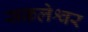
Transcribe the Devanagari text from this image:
सकलेश्वर